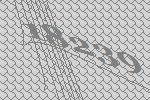
18239